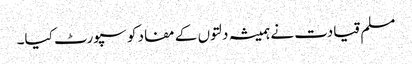
مسلم قیادت نے ہمیشہ دلتوں کے مفاد کو سپورٹ کیا۔